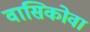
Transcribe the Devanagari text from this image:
वासिकोवा